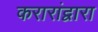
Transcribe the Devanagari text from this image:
करारांद्वारा